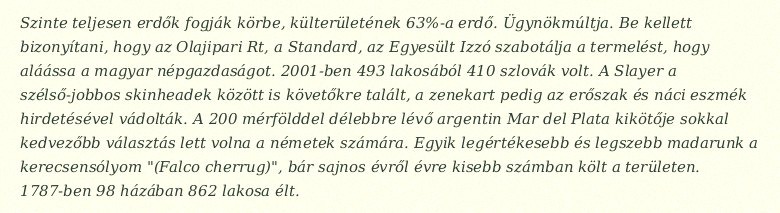
Szinte teljesen erdők fogják körbe, külterületének 63%-a erdő. Ügynökmúltja. Be kellett bizonyítani, hogy az Olajipari Rt, a Standard, az Egyesült Izzó szabotálja a termelést, hogy aláássa a magyar népgazdaságot. 2001-ben 493 lakosából 410 szlovák volt. A Slayer a szélső-jobbos skinheadek között is követőkre talált, a zenekart pedig az erőszak és náci eszmék hirdetésével vádolták. A 200 mérfölddel délebbre lévő argentin Mar del Plata kikötője sokkal kedvezőbb választás lett volna a németek számára. Egyik legértékesebb és legszebb madarunk a kerecsensólyom "(Falco cherrug)", bár sajnos évről évre kisebb számban költ a területen. 1787-ben 98 házában 862 lakosa élt.